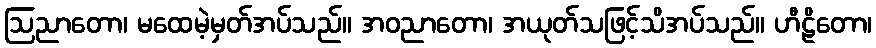
ဩညာတော၊ မထေမဲ့မှတ်အပ်သည်။ အဝညာတော၊ အယုတ်သဖြင့်သိအပ်သည်။ ဟီဠိတော၊